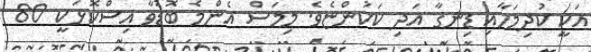
އަކީ ކުދިމަހާއި ޑިނގާ އަދި ކަކުންޏެވެ. މިމަސް އެންމެ ބޮޑުވާ އިސްކޮޅަކީ 80